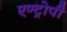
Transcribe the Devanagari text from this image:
एण्ट्रोपी